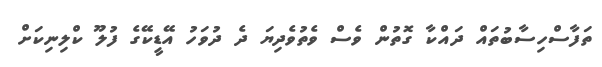
ތަފާސްހިސާބުތައް ދައްކާ ގޮތުން ވެސް ވެތުވެދިޔަ ދެ ދުވަހު އޭޑީކޭގެ ފުލޫ ކްލިނިކަށް